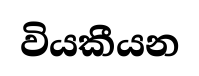
වියකීයන